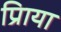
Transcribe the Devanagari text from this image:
प्रिाया